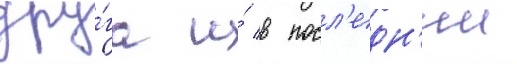
дру́га и́ в посл'едн'ии